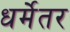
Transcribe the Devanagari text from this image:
धर्मेतर